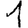
Digit: 1